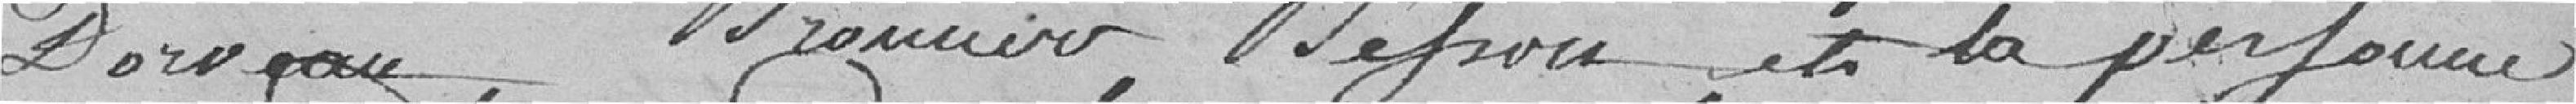
Derveau, Bronnier, Besson, et la personne